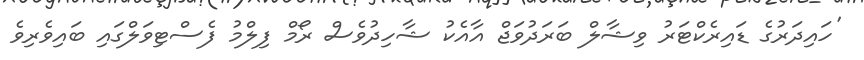
'ހައިދަރުގެ ޑައިރެކްޓަރު ވިޝާލް ބަރަދުވަޖް އާއެކު ޝާހިދުވެސް ރޯމް ފިލްމު ފެސްޓިވަލްގައި ބައިވެރިވެ